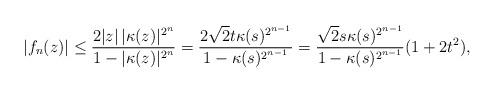
LaTeX: \begin{align*} |f_n(z)| \leq \frac{2|z| \, |\kappa(z)|^{2^{n}}}{1 - |\kappa(z)|^{2^{n}}}=\frac{2 \sqrt{2} t \kappa(s)^{2^{n-1}}}{1 - \kappa(s)^{2^{n-1}}}= \frac{\sqrt{2} s \kappa(s)^{2^{n-1}}}{1 - \kappa(s)^{2^{n-1}}} (1+2t^2), \end{align*}